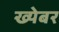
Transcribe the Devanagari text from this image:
ख्येबर